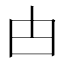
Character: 甴